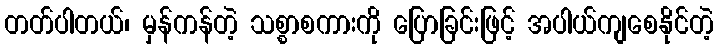
တတ်ပါတယ်၊ မှန်ကန်တဲ့ သစ္စာစကားကို ပြောခြင်းဖြင့် အပါယ်ကျစေနိုင်တဲ့